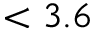
< 3 . 6